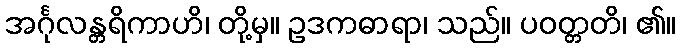
အင်္ဂုလန္တရိကာဟိ၊ တို့မှ။ ဥဒကဓာရာ၊ သည်။ ပဝတ္တတိ၊ ၏။